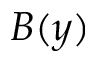
B ( y )